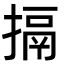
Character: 搹